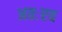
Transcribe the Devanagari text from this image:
अतःएव